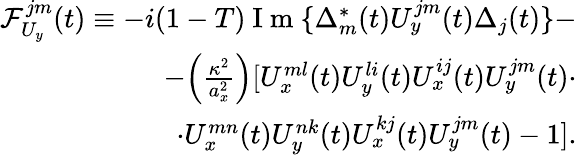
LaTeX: \begin{array}{r}{\mathcal{F}_{U_{y}}^{jm}(t)\equiv-i(1-T)\mathrm{~I~m~}\{ \Delta_{m}^{*}(t)U_{y}^{jm}(t)\Delta_{j}(t)\} -}\\ {-\Big(\frac{\kappa^{2}}{a_{x}^{2}}\Big)[U_{x}^{ml}(t)U_{y}^{li}(t)U_{x}^{ij}(t)U_{y}^{jm}(t)\cdot}\\ {\cdot U_{x}^{mn}(t)U_{y}^{nk}(t)U_{x}^{kj}(t)U_{y}^{jm}(t)-1].}\end{array}